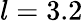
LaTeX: l=3.2